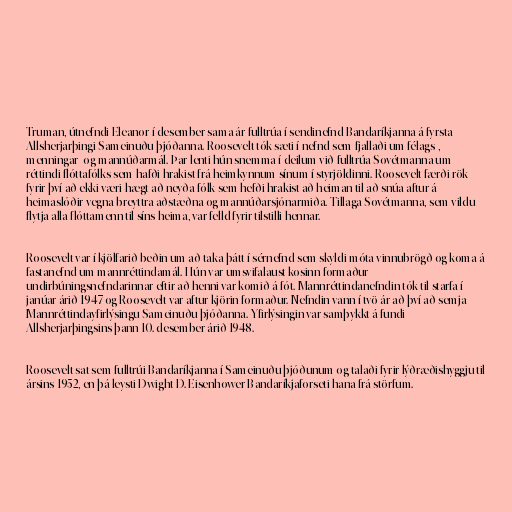
Truman, útnefndi Eleanor í desember sama ár fulltrúa í sendinefnd Bandaríkjanna á fyrsta
Allsherjarþingi Sameinuðu þjóðanna. Roosevelt tók sæti í nefnd sem fjallaði um félags-,
menningar- og mannúðarmál. Þar lenti hún snemma í deilum við fulltrúa Sovétmanna um
réttindi flóttafólks sem hafði hrakist frá heimkynnum sínum í styrjöldinni. Roosevelt færði rök
fyrir því að ekki væri hægt að neyða fólk sem hefði hrakist að heiman til að snúa aftur á
heimaslóðir vegna breyttra aðstæðna og mannúðarsjónarmiða. Tillaga Sovétmanna, sem vildu
flytja alla flóttamenn til síns heima, var felld fyrir tilstilli hennar.

Roosevelt var í kjölfarið beðin um að taka þátt í sérnefnd sem skyldi móta vinnubrögð og koma á
fastanefnd um mannréttindamál. Hún var umsvifalaust kosinn formaður
undirbúningsnefndarinnar eftir að henni var komið á fót. Mannréttindanefndin tók til starfa í
janúar árið 1947 og Roosevelt var aftur kjörin formaður. Nefndin vann í tvö ár að því að semja
Mannréttindayfirlýsingu Sameinuðu þjóðanna. Yfirlýsingin var samþykkt á fundi
Allsherjarþingsins þann 10. desember árið 1948.

Roosevelt sat sem fulltrúi Bandaríkjanna í Sameinuðu þjóðunum og talaði fyrir lýðræðishyggju til
ársins 1952, en þá leysti Dwight D. Eisenhower Bandaríkjaforseti hana frá störfum.